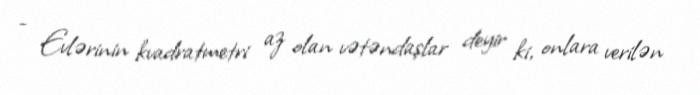
- Evlərinin kvadratmetri az olan vətəndaşlar deyir ki, onlara verilən